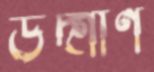
উদ্গীর্ণ